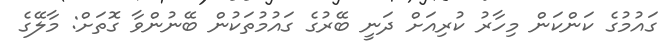
ގައުމުގެ ކަންކަން މިހާރު ކުރިއަށް ދަނީ ބޭރުގެ ގައުމުތަކުން ބޭނުންވާ ގޮތަށް: މާލޭގެ